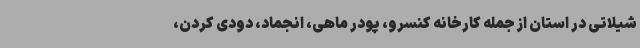
شیلاتی در استان از جمله کارخانه کنسرو، پودر ماهی، انجماد، دودی کردن،